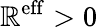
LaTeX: \mathbb{R}^{\mathrm{{eff}}}>0